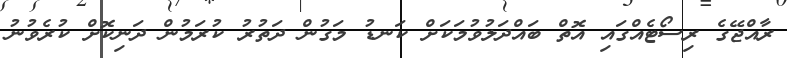
ރާއްޖޭގެ ރިސޯޓެއްގައި އޮތް ބައްދަލުވުމަކަށް ކަނޑު މަގުން ދަތުރު ކުރަމުން ދަނިކޮށް ކުރެވުނު